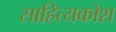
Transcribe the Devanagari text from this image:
साहित्यकोश